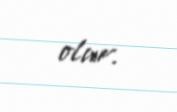
olur.